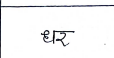
मजकूर: धर